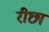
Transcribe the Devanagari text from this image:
रीछा